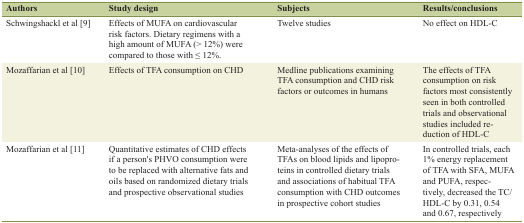
<table><thead><tr><td><b>Authors</b></td><td><b>Study design</b></td><td><b>Subjects</b></td><td><b>Results/conclusions</b></td></tr></thead><tbody><tr><td>Schwingshackl et al [9]</td><td>Effects of MUFA on cardiovascular risk factors. Dietary regimens with a high amount of MUFA (&gt; 12%) were compared to those with ≤ 12%.</td><td>Twelve studies</td><td>No effect on HDL-C</td></tr><tr><td>Mozaffarian et al [10]</td><td>Effects of TFA consumption on CHD</td><td>Medline publications examining TFA consumption and CHD risk factors or outcomes in humans</td><td>The effects of TFA consumption on risk factors most consistently seen in both controlled trials and observational studies included reduction of HDL-C</td></tr><tr><td>Mozaffarian et al [11]</td><td>Quantitative estimates of CHD effects if a person&#x27;s PHVO consumption were to be replaced with alternative fats and oils based on randomized dietary trials and prospective observational studies</td><td>Meta-analyses of the effects of TFAs on blood lipids and lipoproteins in controlled dietary trials and associations of habitual TFA consumption with CHD outcomes in prospective cohort studies</td><td>In controlled trials, each 1% energy replacement of TFA with SFA, MUFA and PUFA, respectively, decreased the TC/HDL-C by 0.31, 0.54 and 0.67, respectively</td></tr></tbody></table>